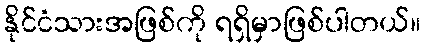
နိုင်ငံသားအဖြစ်ကို ရရှိမှာဖြစ်ပါတယ်။